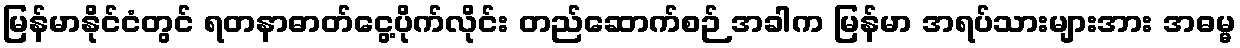
မြန်မာနိုင်ငံတွင် ရတနာဓာတ်ငွေ့ပိုက်လိုင်း တည်ဆောက်စဉ် အခါက မြန်မာ အရပ်သားများအား အဓမ္မ